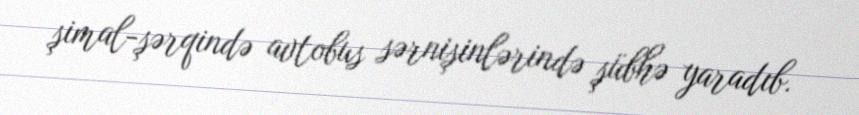
şimal-şərqində avtobus sərnişinlərində şübhə yaradıb.